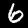
Digit: 6